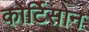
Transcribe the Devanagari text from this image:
कोर्टिसोन